Report on sanitation, dispensaries, and jails in Rajputana for 1911, and on vaccination for the year 1911-1912 - 1911-1912
Year: 1911
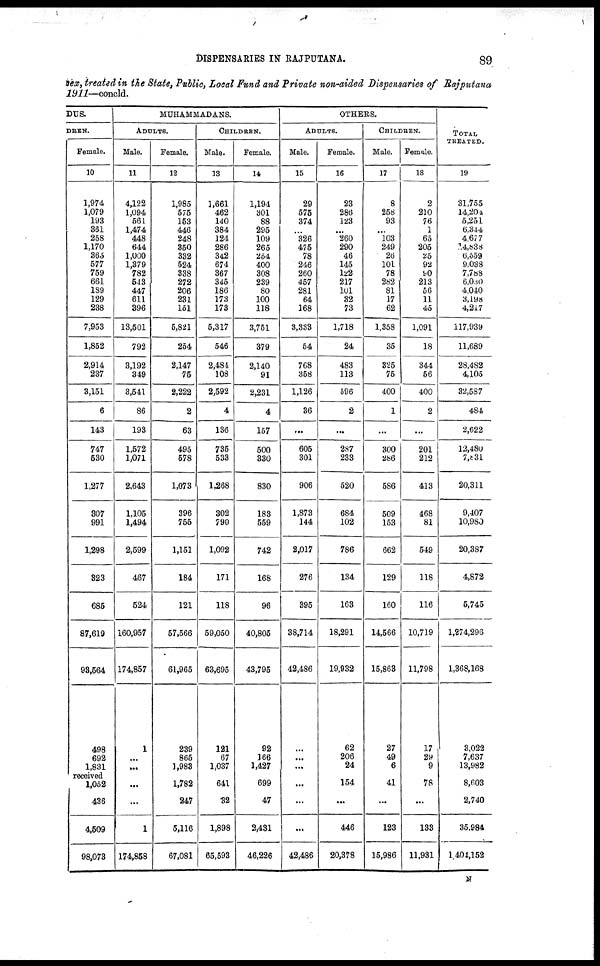
DISPENSARIES IN RAJPUTANA.
89
sex, treated in the State, Public, Local Fund and Private non-aided Dispensaries of Rajputana
1911—concld.
DUS.
DREN.
Female.
10
1,974
1,079
193
361
258
1,170
365
577
759
661
189
129
238
7,953
1,852
2,914
237
3,151
6
143
747
530
1,277
307
991
1,298
323
685
87,619
93,564
498
692
1,831
received
1,052
436
4,509
98,073
MUHAMMADANS.
ADULTS.
Male.
11
4,122
1,094
561
1,474
448
644
1,000
1,379
782
543
447
611
396
13,501
792
3,192
349
3,541
86
193
1,572
1,071
2,643
1,105
1,494
2,599
467
524
160,957
174,857
1
...
...
...
...
1
174,858
Female.
12
1,985
575
153
446
248
350
332
524
338
272
206
231
151
5,821
254
2,147
75
2,222
2
63
495
578
1,073
396
755
1,151
184
121
57,566
61,965
239
865
1,983
1,782
247
5,116
67,081
CHILDREN.
Male.
13
1,661
462
140
384
124
286
342
674
367
345
186
173
173
5,317
546
2,484
108
2,592
4
136
735
533
1,268
302
790
1,092
171
118
59,050
63,695
121
67
1,037
641
32
1,898
65,593
Female.
14
1,194
301
88
295
109
265
254
400
308
239
80
100
118
3,751
379
2,140
91
2,231
4
157
500
330
830
183
559
742
168
96
40,805
43,795
92
166
1,427
699
47
2,431
46,226
OTHERS.
ADULTS.
Male.
15
29
575
374
...
326
475
78
246
260
457
281
64
168
3,333
54
768
358
1,126
36
...
605
301
906
1,873
144
2,017
276
395
38,714
42,486
...
...
...
...
...
...
42,486
Female.
16
23
286
123
...
260
290
46
145
122
217
101
32
73
1,718
24
483
113
596
2
...
287
233
520
684
102
786
134
163
18,291
19,932
62
206
24
154
...
446
20,378
CHILDREN.
Male.
17
8
258
93
...
103
249
26
101
78
282
81
17
62
1,358
35
325
75
400
1
...
300
286
586
509
153
662
129
160
14,566
15,863
27
49
6
41
...
123
15,986
Female.
18
2
210
76
1
65
205
25
92
90
213
56
11
45
1,091
18
344
56
400
2
...
201
212
413
468
81
549
118
116
10,719
11,798
17
29
9
78
...
133
11,931
TOTAL
TREATED.
19
31,755
14,204
5,251
6,344
4,677
14,838
6,559
9,038
7,788
6,030
4,040
3,198
4,217
117,939
11,689
28,482
4,105
32,587
484
2,622
12,480
7,831
20,311
9,407
10,980
20,387
4,872
5,745
1,274,296
1,368,168
3,022
7,637
13,982
8,603
2,740
35,984
1 404,152
N